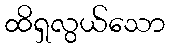
ထိရှလွယ်သော